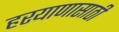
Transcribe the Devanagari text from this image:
हरयाणासाठी